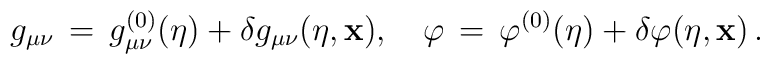
g_{\mu \nu} \, =\, g^{(0)}_{\mu \nu}(\eta) +\delta g_{\mu \nu}(\eta ,{\bf x}), \quad \varphi \, =\,\varphi^{(0)}(\eta ) +\delta\varphi (\eta ,{\bf x})\, .